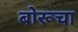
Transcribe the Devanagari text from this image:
बोरूचा